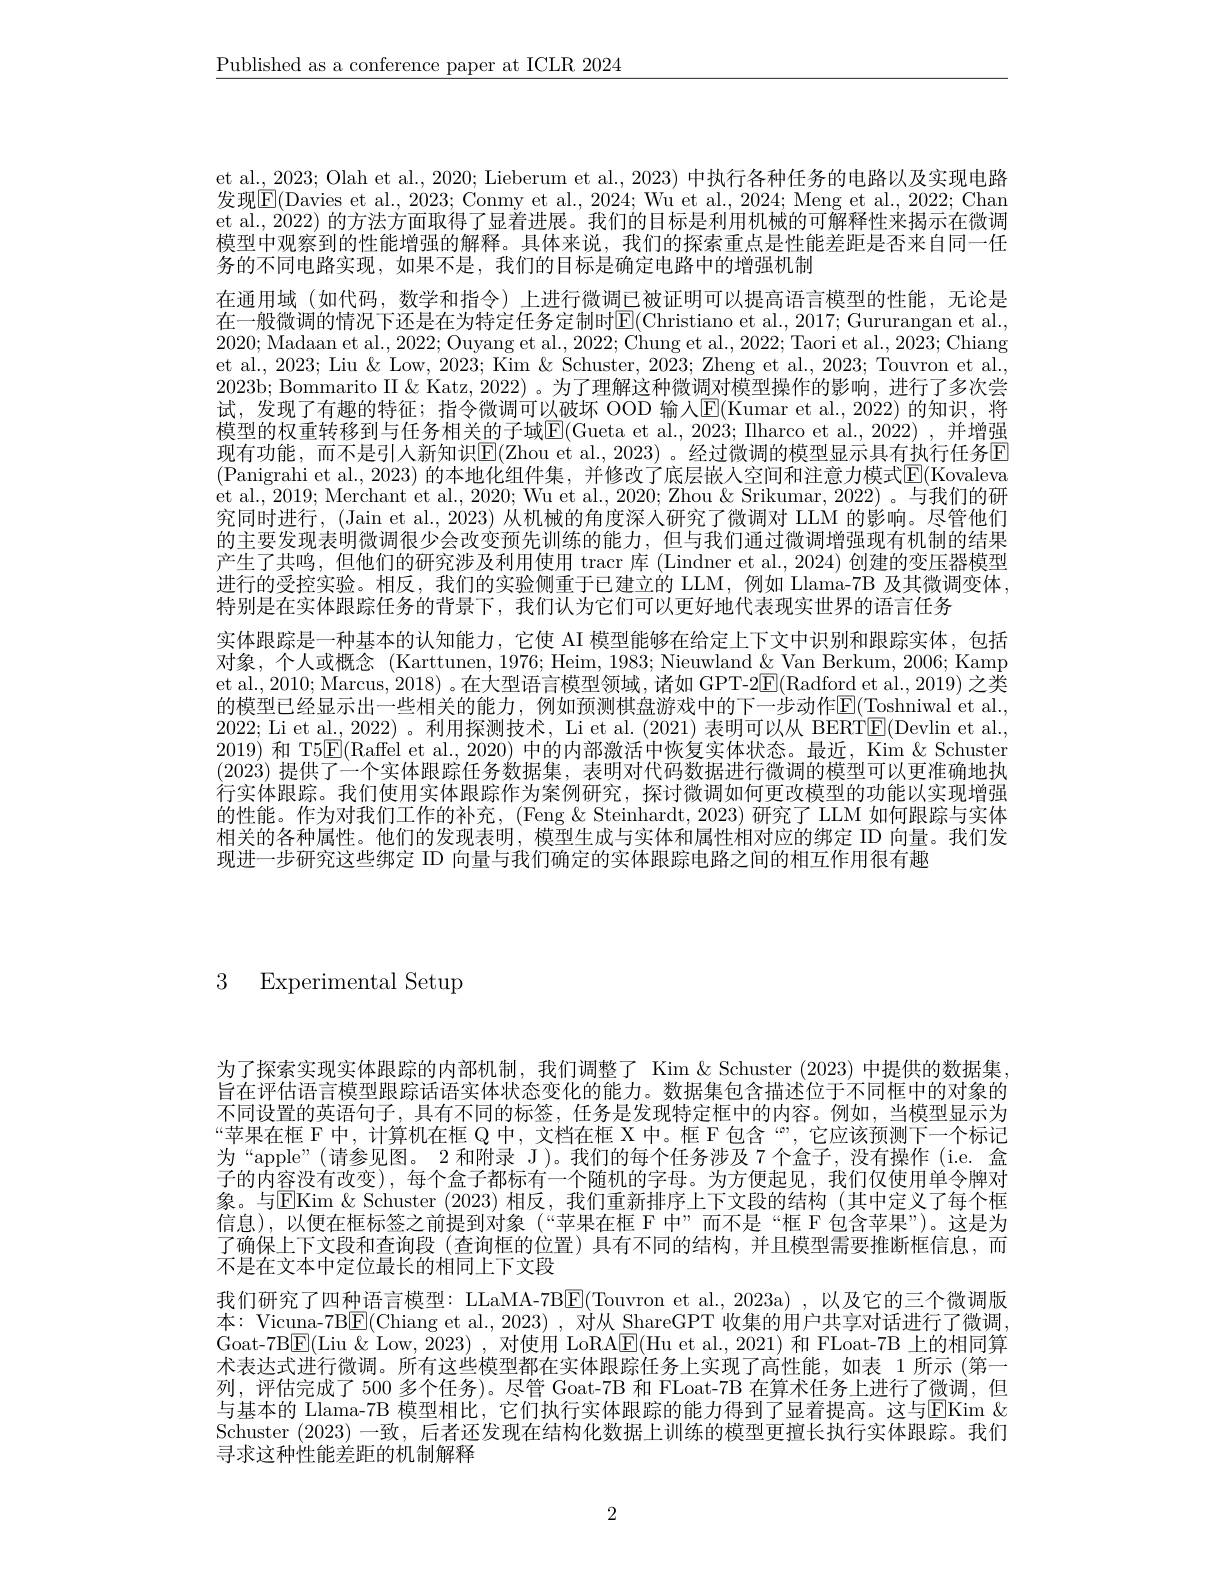
$\underline{\text{Published as a conference paper at ICLR 2024}}$

et al., 2023; Olah et al., 2020; Lieberum et al., 2023) 中执行各种任务的电路以及实现电路发现$\boxed{\mathrm{E}}($Davies et al., 2023; Conmy et al., 2024; Wu et al., 2024; Meng et al., 2022; Chan et al., 2022) 的方法方面取得了显着进展。我们的目标是利用机械的可解释性来揭示在微调模型中观察到的性能增强的解释。具体来说，我们的探索重点是性能差距是否来自同一任务的不同电路实现，如果不是，我们的目标是确定电路中的增强机制
在通用域 (如代码，数学和指令)上进行微调已被证明可以提高语言模型的性能，无论是在一般微调的情况下还是在为特定任务定制时$\boxed{\mathrm{E}}($Christiano et al., 2017; Gururangan et al., 2020; Madaan et al., 2022; Ouyang et al., 2022; Chung et al., 2022; Taori et al., 2023; Chiang et al., 2023; Liu & Low, 2023; Kim & Schuster, 2023; Zheng et al., 2023; Touvron et al., 2023b; Bommarito II &Katz, 2022) 。为了理解这种微调对模型操作的影响，进行了多次尝试，发现了有趣的特征；指令微调可以破坏 OOD 输入$\overline{\mathrm{E}}($Kumar et al.,2022) 的知识，将模型的权重转移到与任务相关的子域$\underline{\mathrm{E}}($Gueta et al., 2023; Ilharco et al., 2022) , 并增强现有功能，而不是引人新知识$\mathbb{E}($Zhou et al., 2023)。经过微调的模型显示具有执行任务回(Panigrahi et al., 2023) 的本地化组件集，并修改了底层嵌人空间和注意力模式$\mathbb{E}($Kovaleva et al., 2019; Merchant et al., 2020; Wu et al., 2020; Zhou & Srikumar, 2022) 。与我们的研究同时进行，(Jain et al., 2023) 从机械的角度深人研究了微调对 LLM 的影响。尽管他们的主要发现表明微调很少会改变预先训练的能力，但与我们通过微调增强现有机制的结果产生了共鸣，但他们的研究涉及利用使用 tracr 库 (Lindner et al.,2024) 创建的变压器模型进行的受控实验。相反，我们的实验侧重于已建立的 LLM,例如 Llama-7B 及其微调变体， 特别是在实体跟踪任务的背景下，我们认为它们可以更好地代表现实世界的语言任务
实体跟踪是一种基本的认知能力，它使 AI 模型能够在给定上下文中识别和跟踪实体，包括对象，个人或概念 (Karttunen, 1976; Heim, 1983; Nieuwland & Van Berkum, 2006; Kamp et al., 2010; Marcus, 2018) 。在大型语言模型领域，诸如 GPT-2$\boxed{\mathrm{E}}($Radford et al., 2019) 之类的模型已经显示出一些相关的能力，例如预测棋盘游戏中的下一步动作$\mathbb{E}($Toshniwal et al., 2022; Li et al., 2022) 。利用探测技术，Li et al. (2021) 表明可以从 BERT$\overline{\mathrm{E}}($Devlin et al., 2019) 和 T5$\overline{\mathrm{E}}($Raffel et al., 2020) 中的内部激活中恢复实体状态。最近，Kim & Schuster (2023)提供了一个实体跟踪任务数据集，表明对代码数据进行微调的模型可以更准确地执行实体跟踪。我们使用实体跟踪作为案例研究，探讨微调如何更改模型的功能以实现增强的性能。作为对我们工作的补充，(Feng&Steinhardt,2023) 研究了 LLM 如何跟踪与实体相关的各种属性。他们的发现表明，模型生成与实体和属性相对应的绑定 ID 向量。我们发现进一步研究这些绑定 ID 向量与我们确定的实体跟踪电路之间的相互作用很有趣

3 Experimental Setup

为了探索实现实体跟踪的内部机制，我们调整了 Kim & Schuster (2023) 中提供的数据集， 旨在评估语言模型跟踪话语实体状态变化的能力。数据集包含描述位于不同框中的对象的不同设置的英语句子，具有不同的标签，任务是发现特定框中的内容。例如，当模型显示为“苹果在框 F 中，计算机在框 Q 中，文档在框 X 中。框 F 包含“”,它应该预测下一个标记为“apple”(请参见图。2 和附录 J)。我们的每个任务涉及 7 个盒子，没有操作 (i.e. 盒子的内容没有改变),每个盒子都标有一个随机的字母。为方便起见，我们仅使用单令牌对象。与EKim $\&$ Schuster ( 2023) 相反，我们重新排序上下文段的结构(其中定义了每个框信息),以便在框标签之前提到对象(“苹果在框 F 中”而不是“框 F 包含苹果”)。这是为了确保上下文段和查询段(查询框的位置)具有不同的结构，并且模型需要推断框信息，而不是在文本中定位最长的相同上下文段
我们研究了四种语言模型：LLaMA-7B$\boxed{\mathrm{E}}($Touvron et al.,2023a),以及它的三个微调版本：Vicuna-7B$\boxed{\mathrm{F}}($Chiang et al., 2023) , 对从 ShareGPT 收集的用户共享对话进行了微调， Goat-7B$\boxed{\mathrm{E}}($Liu&Low,2023) ,对使用 LoRA$\boxed{\mathrm{F}}($Hu et al.,2021) 和 FLoat-7B 上的相同算术表达式进行微调。所有这些模型都在实体跟踪任务上实现了高性能，如表 1 所示 (第一列，评估完成了500 多个任务)。尽管 Goat-7B 和 FLoat-7B 在算术任务上进行了微调，但与基本的 Llama-7B 模型相比，它们执行实体跟踪的能力得到了显着提高。这与$\overline{\mathrm{E}}$Kim & Schuster (2023)一致，后者还发现在结构化数据上训练的模型更擅长执行实体跟踪。我们寻求这种性能差距的机制解释

2